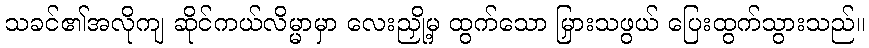
သခင်၏အလိုကျ ဆိုင်ကယ်လိမ္မာမှာ လေးညှို့မှ ထွက်သော မြှားသဖွယ် ပြေးထွက်သွားသည်။